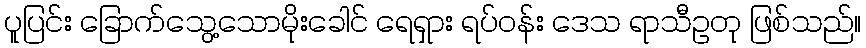
ပူပြင်း ခြောက်သွေ့သောမိုးခေါင် ရေရှား ရပ်ဝန်း ဒေသ ရာသီဥတု ဖြစ်သည်။